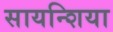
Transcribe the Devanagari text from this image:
सायन्शिया